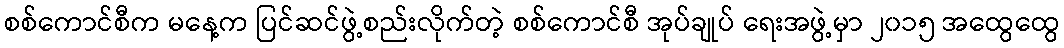
စစ်ကောင်စီက မနေ့က ပြင်ဆင်ဖွဲ့စည်းလိုက်တဲ့ စစ်ကောင်စီ အုပ်ချုပ် ရေးအဖွဲ့မှာ ၂၀၁၅ အထွေထွေ